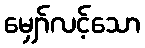
မျှော်လင့်သော